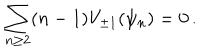
\sum _ { n \geq 2 } ( n - 1 ) V _ { \pm 1 } ( \psi _ { n } ) = 0 \, .